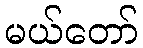
မယ်တော်